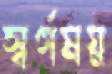
স্বর্গময়